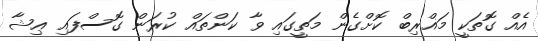
އެއް ގޮތަކީ މަޣްރިބް ކޮށްގެން މަތީގައި ވާ ކަންތައް ކުރަން ގޮސްފައި ޢިޝާ